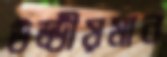
উড্ডীয়মান